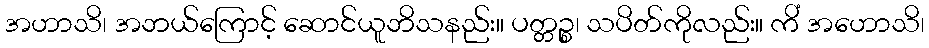
အဟာသိ၊ အဘယ်ကြောင့် ဆောင်ယူဘိသနည်း။ ပတ္တဉ္စ၊ သပိတ်ကိုလည်း။ ကိံ အဟောသိ၊